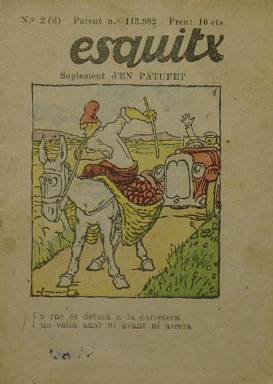
Título: Esquitx (Barcelona)
Colección: Revistas infantiles
Ámbito geográfico: Barcelona
Lugar de publicación: Barcelona
Fechas: 01/01/1931-31/12/1936

Se trata de una pequeña publicación infantil escrita en catalán que era un suplemento del semanario En Patufet, revista mucho más conocida. Si por algo destaca es por su minúsculo formato que se corresponde con su título, dado que esquitx significa en castellano menudencia, pizca o cosa insignificante.

  Esquitx sustituyó a Virolet en 1931 y se editó hasta 1936, con un total de 296 números que se imprimían a cuatro colores. Las ilustraciones, tipo comic, que tenían más peso que los textos, pertenecían al equipo de dibujantes de En Patufet.

   El editor de Esquitx, al igual que de En Patufet, es Josep Baguñà, conocido por haber sido también el editor de la polémica revista satírica ¡Cu-cut!, una de las señas de identidad del republicanismo catalán. Una vez suspendida esta revista de vida agitada, muchos de sus dibujantes pasarán a En Patufet.

  El director de Esquitx fue Gaietà Cornet i Palau, dibujante y caricaturista, aunque también trabajó como ingeniero en La Maquinista Terrestre y Marítima, compañía fundada por su padre. Entre los dibujantes de la minúscula publicación figuran, entre otros, Joan Junceda, Joan Llaverias, Pere Prat i Ubach y Artur Moreno i Salvador.

   Las entregas de este título se publicaron en cuatro series paralelas: a, b, c y d. No incluyen fecha, por lo que se han identificado con el año y el número, y se ha indicado la serie de cada ejemplar en una nota.

   Los de los años 1935 y 1936 se publicaron con las páginas troqueladas y combinando las de las distintas series, por lo que se ha optado por reproducirlos reflejando el formato original.

   Para más información respecto a esta pequeña revista se puede consultar la obra de Montserrat Castillo, Grans il·lustradors catalans del llibre per a infants: 1905-1939, cap. 5, de la editorial Barcanova. Barcelona, 1997

[Descripción modificada el 17/08/2022]